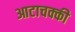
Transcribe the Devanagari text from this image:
आटाचक्की